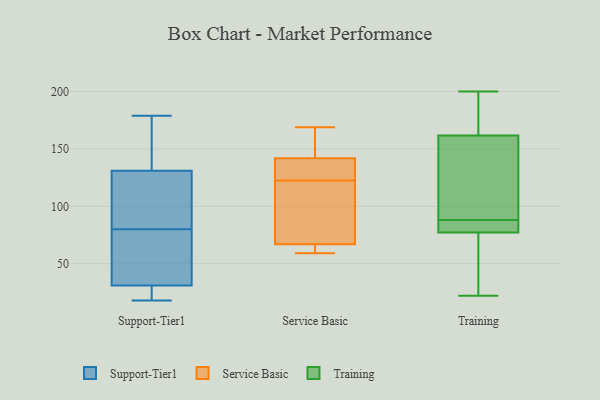
{"axis": {"x": "Satisfaction Score", "y": "Value"}, "legend": ["Service Basic", "Support-Tier1", "Training"], "data": [{"x": "", "y": 19, "type": "Support-Tier1"}, {"x": "", "y": 18, "type": "Support-Tier1"}, {"x": "", "y": 31, "type": "Support-Tier1"}, {"x": "", "y": 31, "type": "Support-Tier1"}, {"x": "", "y": 116, "type": "Support-Tier1"}, {"x": "", "y": 45, "type": "Support-Tier1"}, {"x": "", "y": 115, "type": "Support-Tier1"}, {"x": "", "y": 131, "type": "Support-Tier1"}, {"x": "", "y": 179, "type": "Support-Tier1"}, {"x": "", "y": 138, "type": "Support-Tier1"}, {"x": "", "y": 158, "type": "Service Basic"}, {"x": "", "y": 87, "type": "Service Basic"}, {"x": "", "y": 132, "type": "Service Basic"}, {"x": "", "y": 139, "type": "Service Basic"}, {"x": "", "y": 65, "type": "Service Basic"}, {"x": "", "y": 67, "type": "Service Basic"}, {"x": "", "y": 169, "type": "Service Basic"}, {"x": "", "y": 142, "type": "Service Basic"}, {"x": "", "y": 59, "type": "Service Basic"}, {"x": "", "y": 113, "type": "Service Basic"}, {"x": "", "y": 84, "type": "Training"}, {"x": "", "y": 75, "type": "Training"}, {"x": "", "y": 170, "type": "Training"}, {"x": "", "y": 200, "type": "Training"}, {"x": "", "y": 194, "type": "Training"}, {"x": "", "y": 22, "type": "Training"}, {"x": "", "y": 35, "type": "Training"}, {"x": "", "y": 121, "type": "Training"}, {"x": "", "y": 137, "type": "Training"}, {"x": "", "y": 88, "type": "Training"}, {"x": "", "y": 84, "type": "Training"}]}